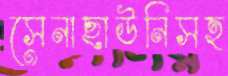
সেনাছাউনিসহ